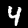
Digit: 4